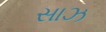
સાઝ